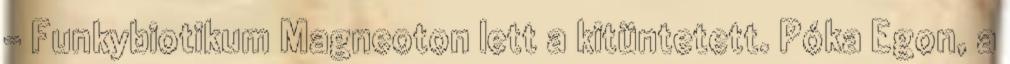
- Funkybiotikum Magneoton lett a kitüntetett. Póka Egon, a